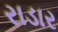
રાડાર